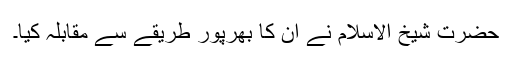
حضرت شیخ الاسلام نے ان کا بھرپور طریقے سے مقابلہ کیا۔